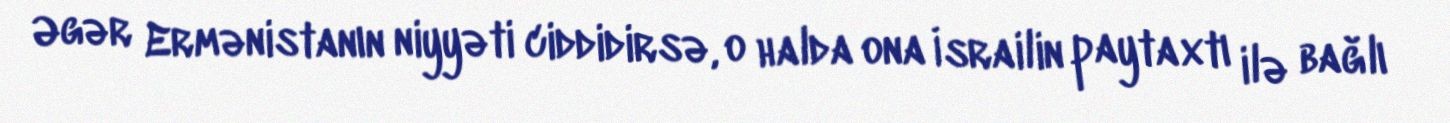
Əgər Ermənistanın niyyəti ciddidirsə, o halda ona İsrailin paytaxtı ilə bağlı